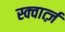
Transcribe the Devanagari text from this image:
स्क्वार्त्ज़